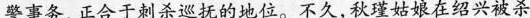
警事务,正合于刺杀巡抚的地位。不久,秋瑾姑娘在绍兴被杀